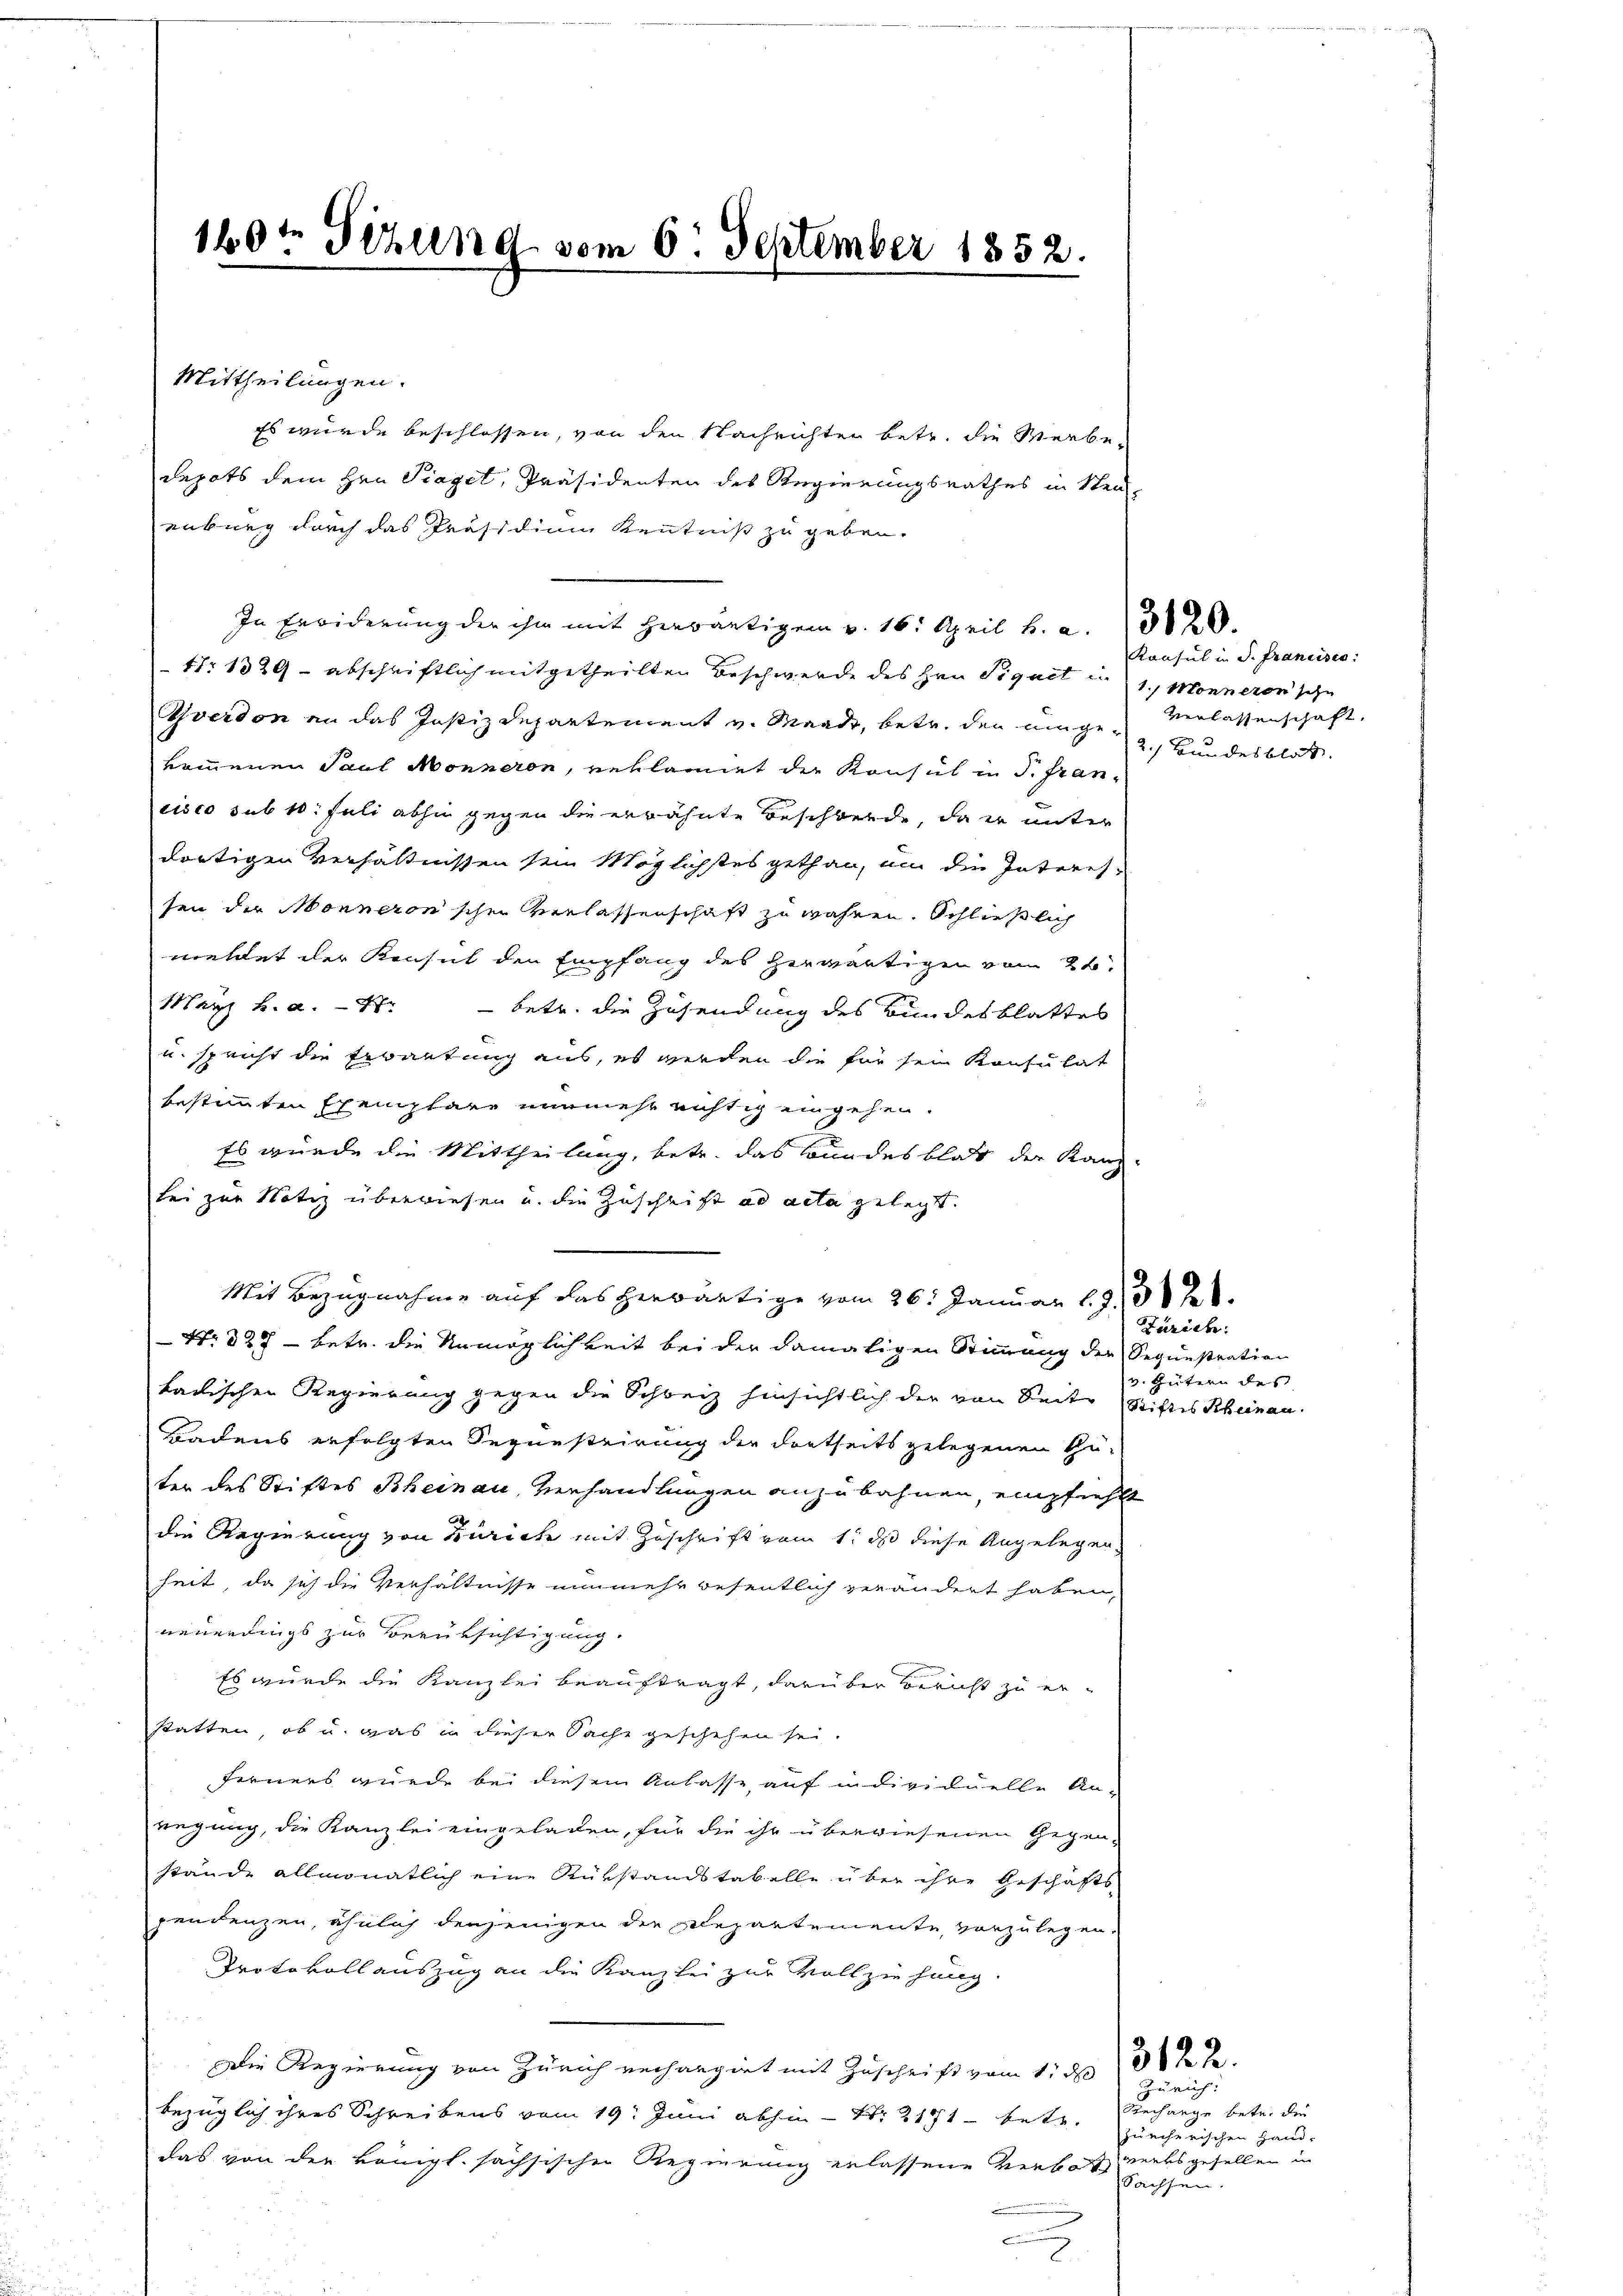
140t Tizung vom 6. September 1852.

Es wurde beschlossen, von den Nachrichten betr. die Verbe-
depots dem Hrn. Piaget, Präsidenten des Regierungsrathes in Steuenburg durch das Präsidium Kenntniß zu geben.
In Erwiderung der ihm mit herwärtigen v. 16. April h. a. 320.
11. 1329 - abschriftlich mitgetheilten Beschwerde des Hrn. Signet u. 1. Monneren schn
Yverdon an das Justizdepartement v. Mande, betr. den eingen Verlassenschaft,
kommenen Paul Monneren, reklammet die Konsul in P. Francisco sub 10. Juli abhin gegen die erwähnte Beschwerde, da er unter
dortigen Verhältnissen sein Möglichstes gethan, um die Interesten der Monneronschen Verlassenschaft zu währen. Schließlich
meldet der Konsul den Empfang des herwärtigen vom 24.
Marz h. a. 17. - betr. die Zusendung des Bundesblattes
u. spricht die Erbautung aus, es werden die für sein Konsulat
bestimmten Exemplare nunmehr nichtig eingehen.
Es wurde die Mittheilung, betr. das Bundesblatt der Kanz
bei zur Notiz überwiesen und die Zuschrift ad acta gelegt.
Mit Bezugnahme auf das herwärtige vom 26. Januar 1938 de
 No. 327 - betr. die Unmöglichkeit bei der damaligen Stimmung der Sequestration
kadischen Regierung gegen die Schweiz hinsichtlich der von Seite Stiftes Rheinau.
Gnadens erfolgten Sequestrirung der dortseits gelegenen Güter des Stiftes Bheinau, Verhandlungen anzubahnen, empfiehlt
22
die Regierung von Zürich mit Zuschrift vom 1. ds diese Angelegen
heit, da sich die Verhältnisse nunmehr wesentlich verändert haben,
neuerdings zur Berüksichtigung.
Es wurde die Kanzlei beauftragt, darüber bericht zu erstatten, ob u. was in dieser Sache geschehen sei.
Ferners wurde bei diesem Anlasse auf individuelle An-
regung, die Kanzlei eingeladen, für die ihr überwiesenen Gegen-
stände allmonatlich eine Rükstandstabelle über ihre Geschäfts
pendenzen, ähnlich denjenigen die Repartemente, vorzulegen.
Protokollauszug an die Kanzlei zur Vollziehung.
Die Regierung von Zürich verhangirt mit Zuschrift vom 11. d. 1382.
bezüglich ihres Schreibens vom 19. Juni abhin - Nr. 2171 betr.
das von der Königl. sächsischen Regierung gelassene Verbot versgesellen in
n
f

Mittheilungen.

Konsul in S. Francisco
2. Bundesblatt

Zürich:

v. Gütern des

Zürich:
Rechange betr. die
zuecherischen Hand-
Sachsen.